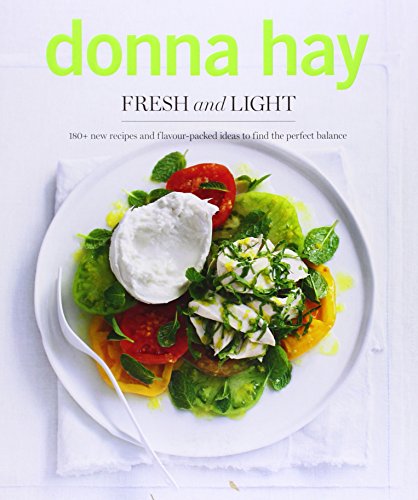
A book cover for Fresh and Light; Donna Hay; Cookbooks, Food & Wine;